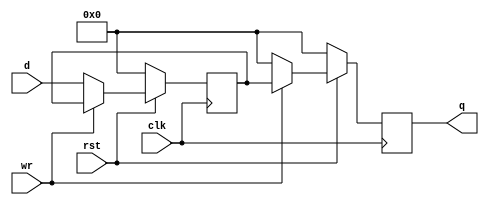
module pipo (
input clk,rst,wr,
input [3:0]d,
output reg [3:0]q);

reg [3:0]temp;
always @(posedge clk)
begin
if(rst == 0) begin
temp <= 'd0;
q <='d0;
end
else if(wr == 0) begin
temp <= d ;
q<='d0;
end
else
q<=temp;
end
endmodule